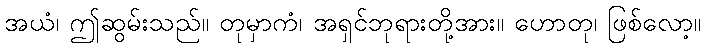
အယံ၊ ဤဆွမ်းသည်။ တုမှာကံ၊ အရှင်ဘုရားတို့အား။ ဟောတု၊ ဖြစ်လော့။